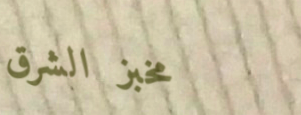
مخبز الشرق